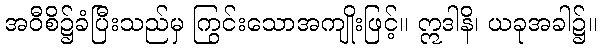
အဝီစိ၌ခံပြီးသည်မှ ကြွင်းသောအကျိုးဖြင့်။ ဣဒါနိ၊ ယခုအခါ၌။